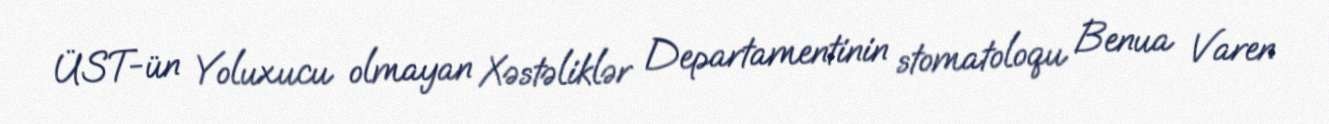
ÜST-ün Yoluxucu olmayan Xəstəliklər Departamentinin stomatoloqu Benua Varen